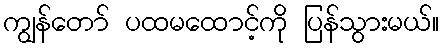
ကျွန်တော် ပထမထောင့်ကို ပြန်သွားမယ်။